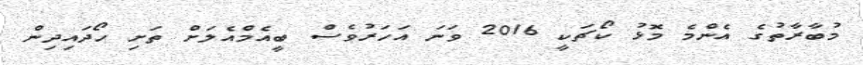
މުބާރާތުގެ އެންމެ މޮޅު ކޯޗަކީ 2016 ވަނަ އަހަރުވެސް ބީއެމްއެލަށް ތަށި ހޯދައިދިން